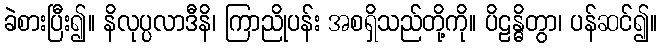
ခဲစားပြီး၍။ နိလုပ္ပလာဒီနိ၊ ကြာညိုပန်း အစရှိသည်တို့ကို။ ပိဠန္ဓိတွာ၊ ပန်ဆင်၍။